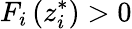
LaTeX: F_{i}\left(z_{i}^{*}\right)>0